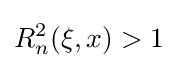
R_{n}^{2}(\xi ,x)>1